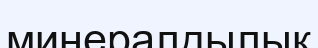
минералдылық